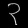
Digit: ၃